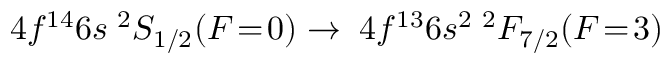
4 f ^ { 1 4 } 6 s \; ^ { 2 } S _ { 1 / 2 } ( F \! = \! 0 ) \to \; 4 f ^ { 1 3 } 6 s ^ { 2 } \; ^ { 2 } F _ { 7 / 2 } ( F \! = \! 3 )